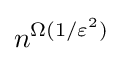
n^{\Omega (1/\varepsilon ^{2})}